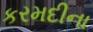
કરમદીના